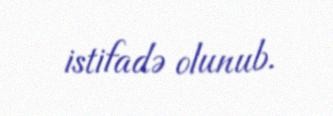
istifadə olunub.